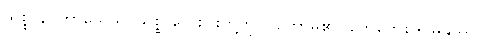
သစ္စာနိပကာသေသိ၊ သစ္စာလေးပါးတို့ကို ပြတော်မူ၏။ တေတေဒေဝမနုဿာ၊